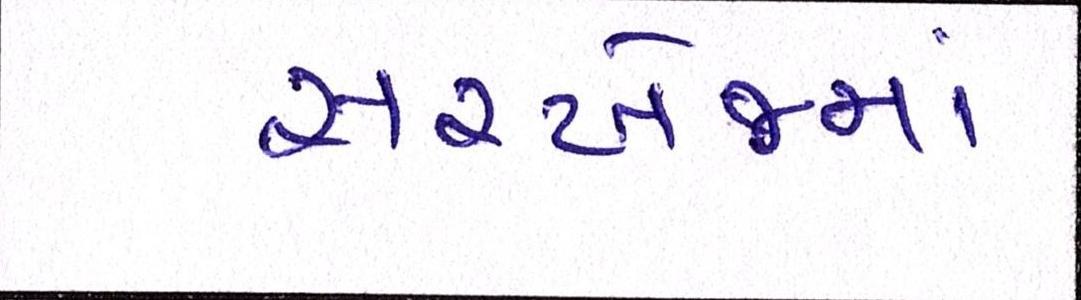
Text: સરખેજમાં